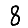
Digit: 8